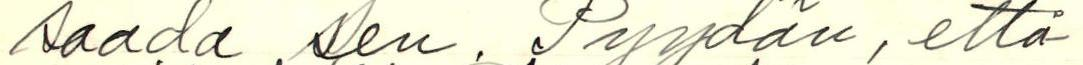
saada sen. Pyydän, että